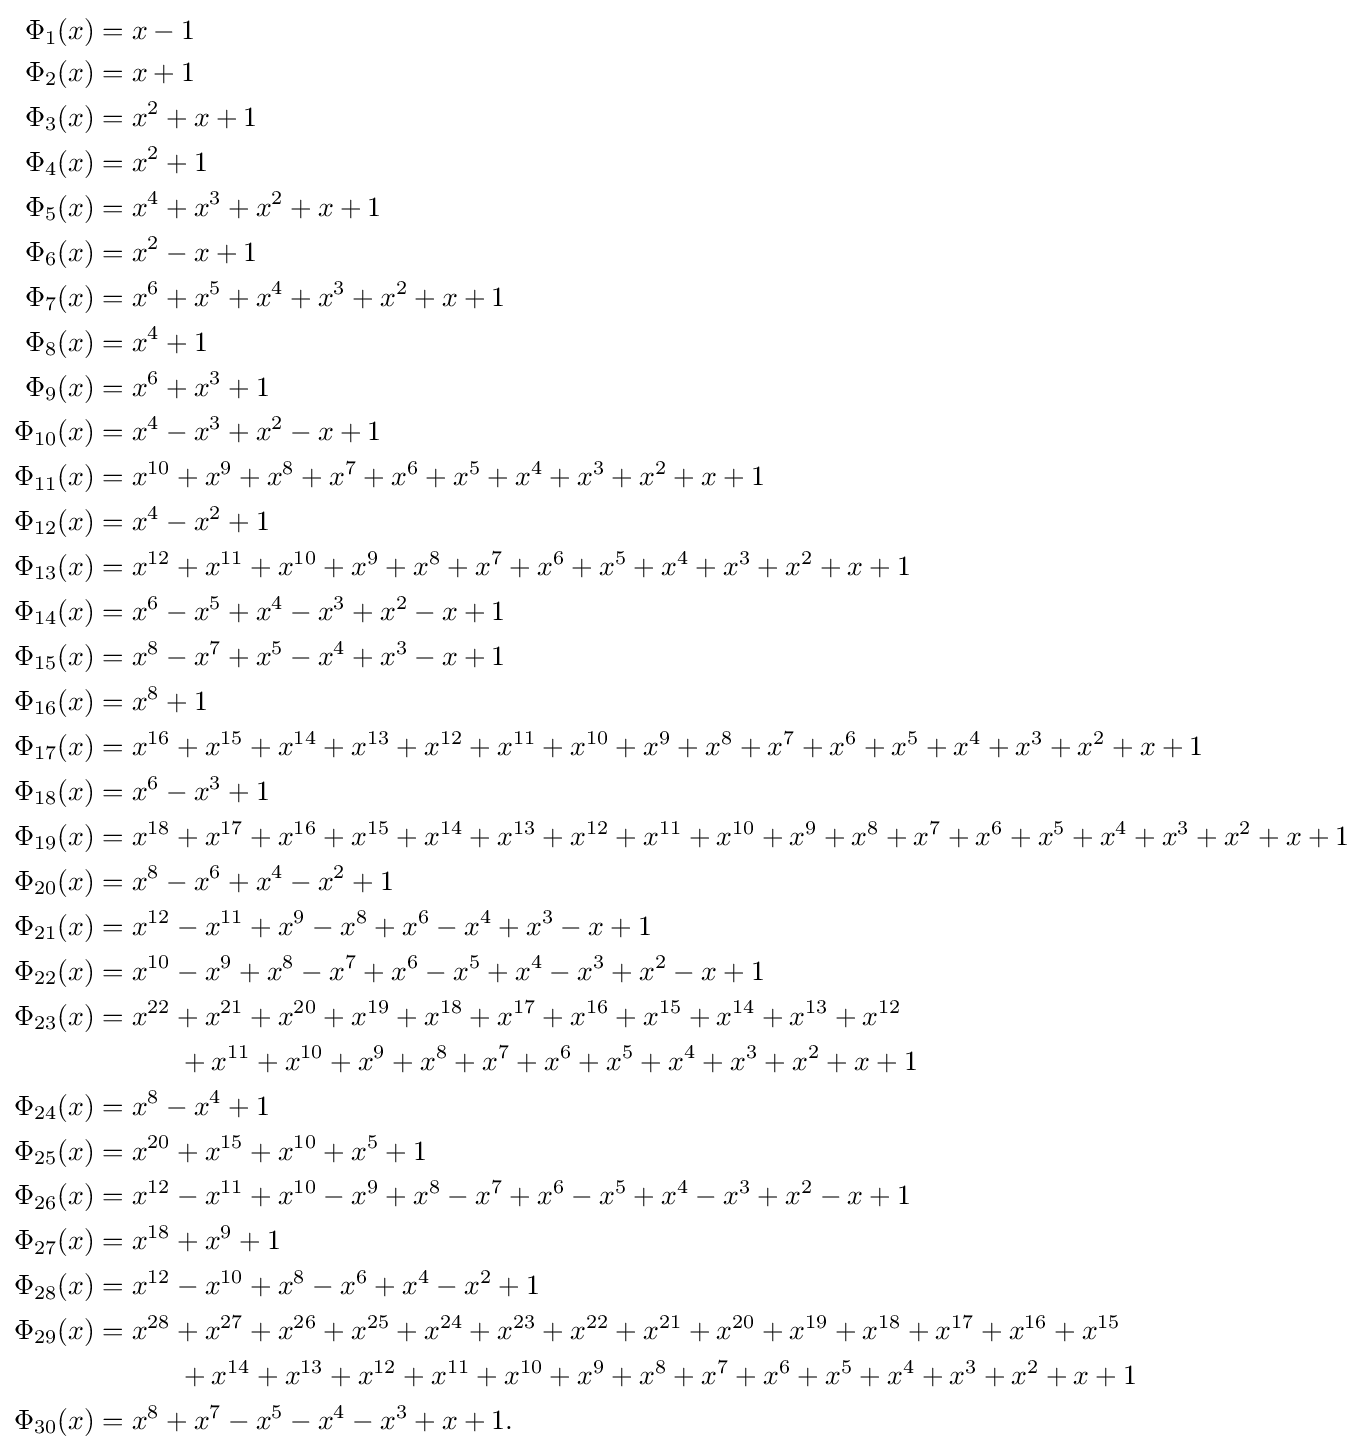
{\begin{aligned}\Phi _{1}(x)&=x-1\\\Phi _{2}(x)&=x+1\\\Phi _{3}(x)&=x^{2}+x+1\\\Phi _{4}(x)&=x^{2}+1\\\Phi _{5}(x)&=x^{4}+x^{3}+x^{2}+x+1\\\Phi _{6}(x)&=x^{2}-x+1\\\Phi _{7}(x)&=x^{6}+x^{5}+x^{4}+x^{3}+x^{2}+x+1\\\Phi _{8}(x)&=x^{4}+1\\\Phi _{9}(x)&=x^{6}+x^{3}+1\\\Phi _{10}(x)&=x^{4}-x^{3}+x^{2}-x+1\\\Phi _{11}(x)&=x^{10}+x^{9}+x^{8}+x^{7}+x^{6}+x^{5}+x^{4}+x^{3}+x^{2}+x+1\\\Phi _{12}(x)&=x^{4}-x^{2}+1\\\Phi _{13}(x)&=x^{12}+x^{11}+x^{10}+x^{9}+x^{8}+x^{7}+x^{6}+x^{5}+x^{4}+x^{3}+x^{2}+x+1\\\Phi _{14}(x)&=x^{6}-x^{5}+x^{4}-x^{3}+x^{2}-x+1\\\Phi _{15}(x)&=x^{8}-x^{7}+x^{5}-x^{4}+x^{3}-x+1\\\Phi _{16}(x)&=x^{8}+1\\\Phi _{17}(x)&=x^{16}+x^{15}+x^{14}+x^{13}+x^{12}+x^{11}+x^{10}+x^{9}+x^{8}+x^{7}+x^{6}+x^{5}+x^{4}+x^{3}+x^{2}+x+1\\\Phi _{18}(x)&=x^{6}-x^{3}+1\\\Phi _{19}(x)&=x^{18}+x^{17}+x^{16}+x^{15}+x^{14}+x^{13}+x^{12}+x^{11}+x^{10}+x^{9}+x^{8}+x^{7}+x^{6}+x^{5}+x^{4}+x^{3}+x^{2}+x+1\\\Phi _{20}(x)&=x^{8}-x^{6}+x^{4}-x^{2}+1\\\Phi _{21}(x)&=x^{12}-x^{11}+x^{9}-x^{8}+x^{6}-x^{4}+x^{3}-x+1\\\Phi _{22}(x)&=x^{10}-x^{9}+x^{8}-x^{7}+x^{6}-x^{5}+x^{4}-x^{3}+x^{2}-x+1\\\Phi _{23}(x)&=x^{22}+x^{21}+x^{20}+x^{19}+x^{18}+x^{17}+x^{16}+x^{15}+x^{14}+x^{13}+x^{12}\\&\qquad \quad +x^{11}+x^{10}+x^{9}+x^{8}+x^{7}+x^{6}+x^{5}+x^{4}+x^{3}+x^{2}+x+1\\\Phi _{24}(x)&=x^{8}-x^{4}+1\\\Phi _{25}(x)&=x^{20}+x^{15}+x^{10}+x^{5}+1\\\Phi _{26}(x)&=x^{12}-x^{11}+x^{10}-x^{9}+x^{8}-x^{7}+x^{6}-x^{5}+x^{4}-x^{3}+x^{2}-x+1\\\Phi _{27}(x)&=x^{18}+x^{9}+1\\\Phi _{28}(x)&=x^{12}-x^{10}+x^{8}-x^{6}+x^{4}-x^{2}+1\\\Phi _{29}(x)&=x^{28}+x^{27}+x^{26}+x^{25}+x^{24}+x^{23}+x^{22}+x^{21}+x^{20}+x^{19}+x^{18}+x^{17}+x^{16}+x^{15}\\&\qquad \quad +x^{14}+x^{13}+x^{12}+x^{11}+x^{10}+x^{9}+x^{8}+x^{7}+x^{6}+x^{5}+x^{4}+x^{3}+x^{2}+x+1\\\Phi _{30}(x)&=x^{8}+x^{7}-x^{5}-x^{4}-x^{3}+x+1.\end{aligned}}